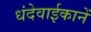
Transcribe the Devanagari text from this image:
धंदेवाईकानें